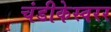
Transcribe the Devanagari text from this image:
चंडीकेस्वरर